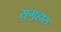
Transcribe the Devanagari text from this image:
सुगुहारु